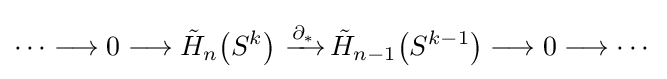
\cdots \longrightarrow 0\longrightarrow {\tilde {H}}_{n}\!\left(S^{k}\right)\,{\xrightarrow {\overset {}{\partial _{*}}}}\,{\tilde {H}}_{n-1}\!\left(S^{k-1}\right)\longrightarrow 0\longrightarrow \cdots